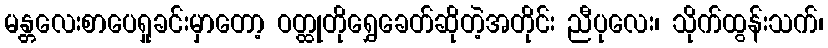
မန္တလေးစာပေရှုခင်းမှာတော့ ဝတ္ထုတိုရွှေခေတ်ဆိုတဲ့အတိုင်း ညီပုလေး၊ သိုက်ထွန်းသက်၊